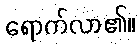
ရောက်လာ၏။